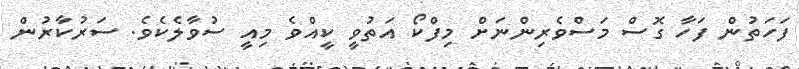
ފަހަތުން ފަހާ ގޮސް މަސްވެރިންނަށް މިފްކޯ އަތުވީ ކީއްވެ މިއީ ސުވާލެކެވެ. ސަރުކާރުން